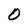
Character: 0